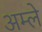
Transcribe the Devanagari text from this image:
अम्‍ले